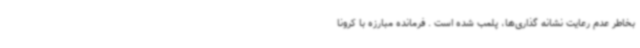
بخاطر عدم رعایت نشانه گذاری‌ها، پلمب شده است . فرمانده مبارزه با کرونا